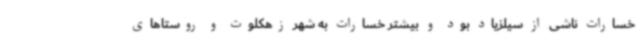
خسارات ناشی از سیلزیاد بود و بیشتر خسارات به شهر زهکلوت و روستاهای